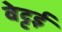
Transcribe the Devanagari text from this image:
वेट्टई